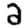
Digit: 2